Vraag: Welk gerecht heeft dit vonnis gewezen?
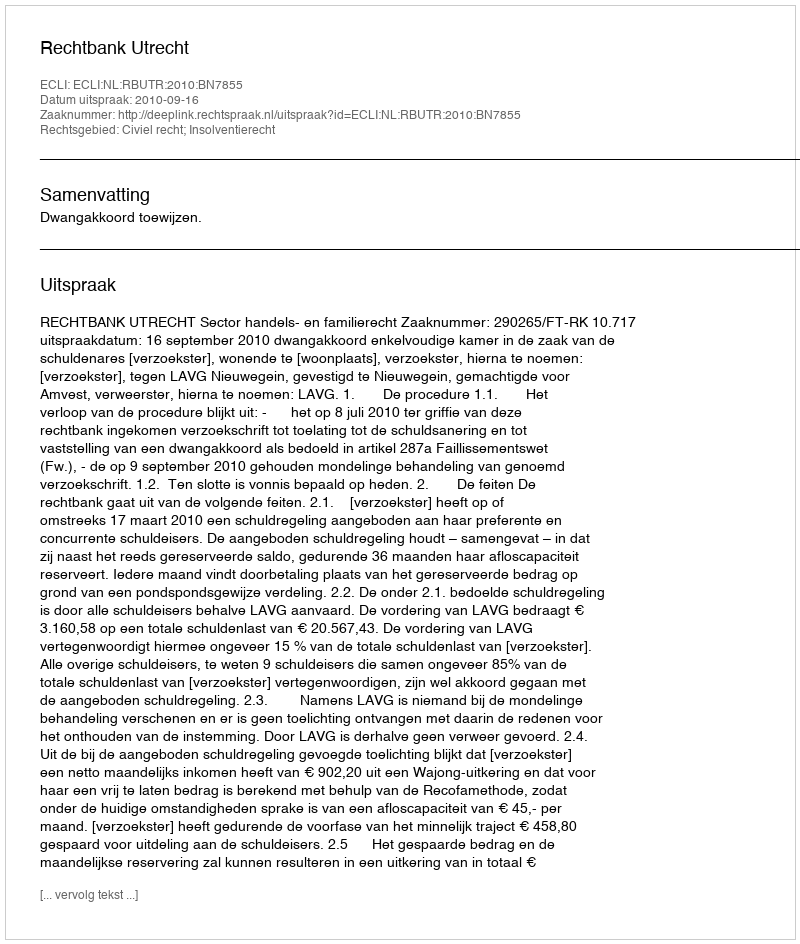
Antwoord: Rechtbank Utrecht